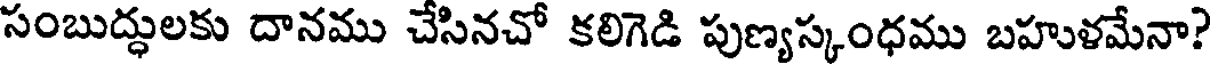
సంబుద్ధులకు దానము చేసినచో కలిగెడి పుణ్యస్కంధము బహుళమేనా?